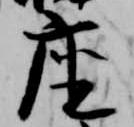
座